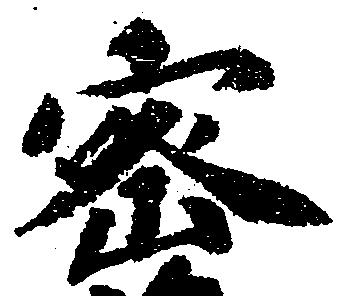
密